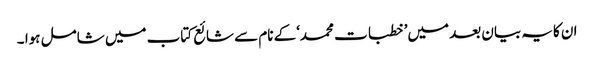
ان کایہ بیان بعد میں’ خطبات محمد‘کے نام سے شائع کتاب میں شامل ہوا ۔